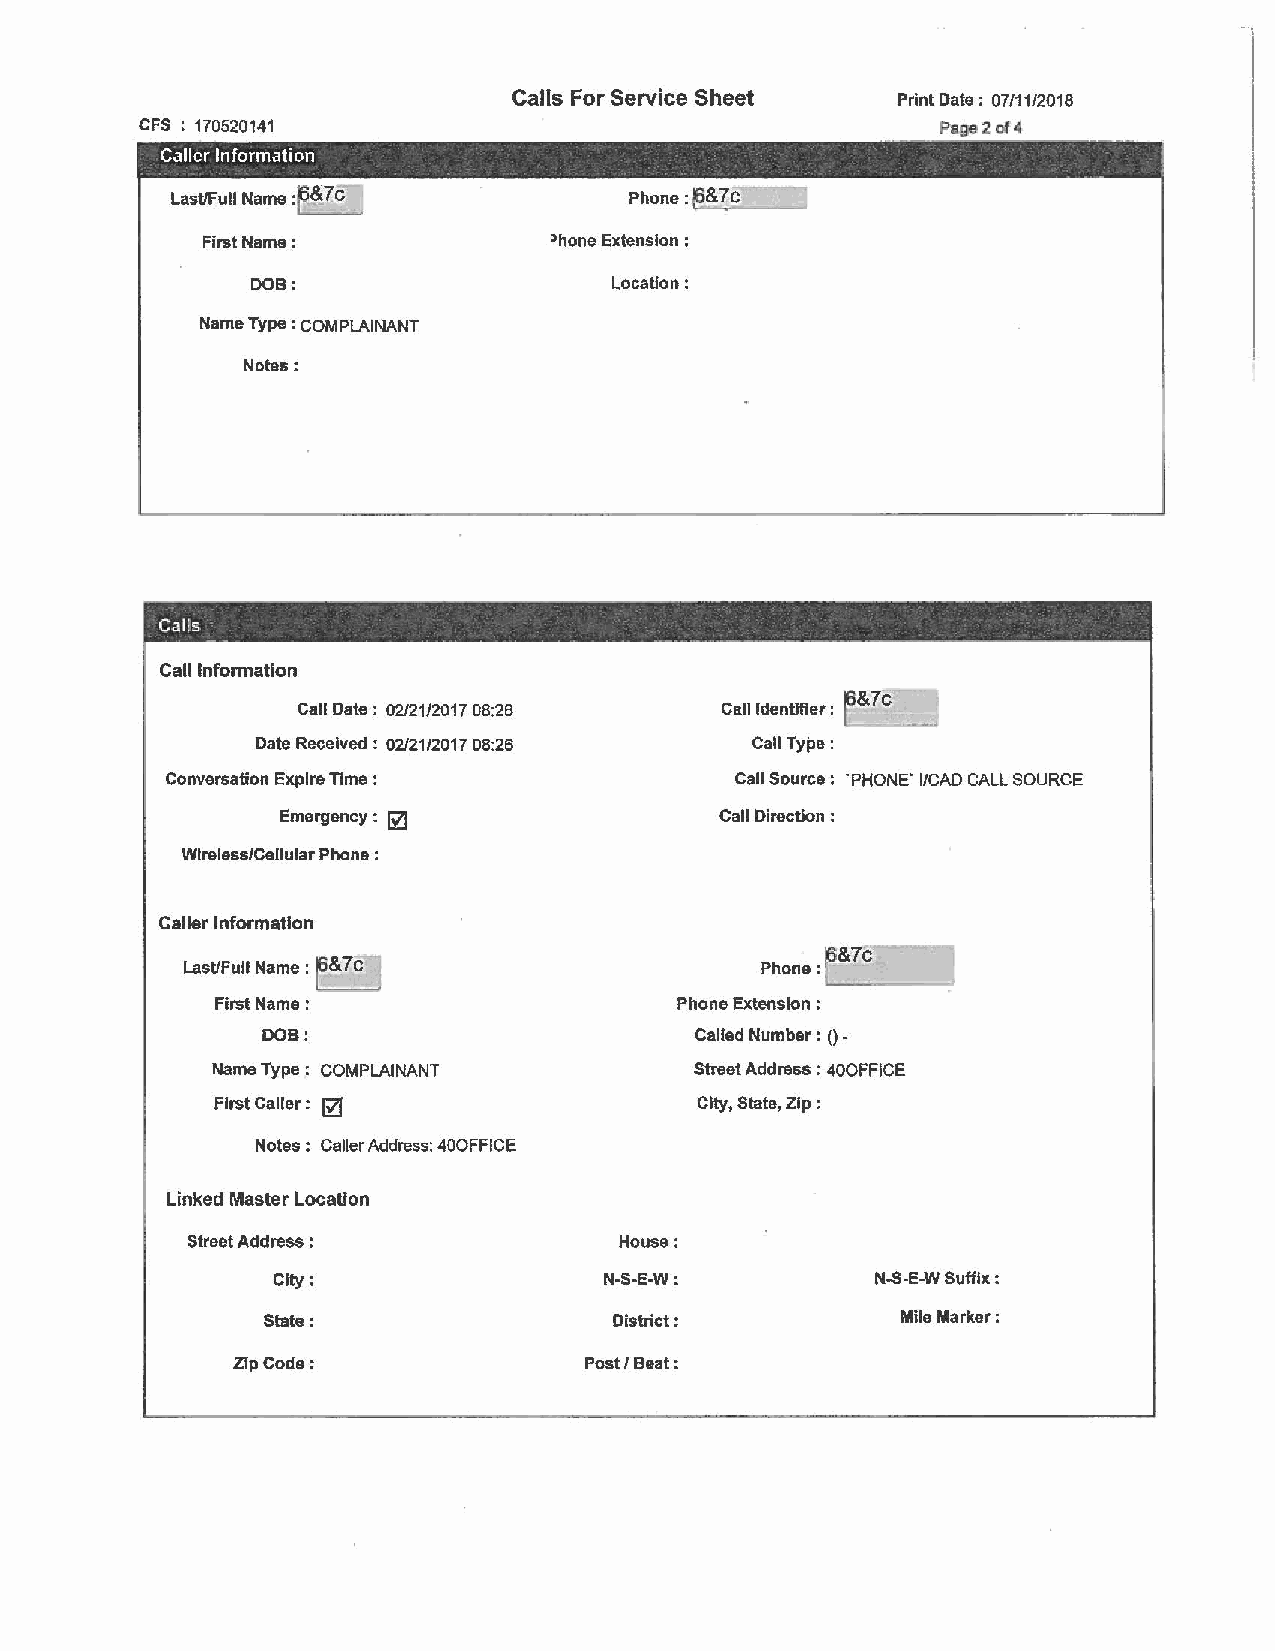
-1
 Calls For Service Sheet  Print Date; 07111/2018
 CFS : 170520141                                      Page 2 of .ll
 Caller Information
 last/Full Name :f&7c
 First Name:            ~hone Extension :
 DOB:                    Location:
 Name Type : COMPLAINANT
 Notes:
 - -                  -
 CaBs
 Call Information
 r&?
 Call Date: 02/21/2017 08:26 Call Identifier : C _ _,
 Date Received : 02/21/2017 08:26 Call Type:
 Conversation Expire Time :            Call Source: 'PHONE' I/CAO CALL SOURCE
 Emergency : @                 Call Direction :
 Wtreless/Cellular Phone :
 Caller Information
 &7c
 Last/Full Name : ~&7c                 Phone:
 1
 First Name:                    Phone Extension :
 DOB:                         Called Number : () -
 Name Type: COMPLAINANT          Street Address : 400FFICE
 First Caller : @                City, State, Zip:
 Notes : Caller Address: 400FFICE
 Linked Master Location
 Street Address :             House:
 City:                 N-5-E-W:          N-S-E-W Suffix :
 State:                 District:           Mile Marker:
 Zip Code:               Post/ Beat: